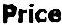
PRICE